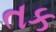
તક